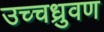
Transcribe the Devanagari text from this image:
उच्चध्रुवण